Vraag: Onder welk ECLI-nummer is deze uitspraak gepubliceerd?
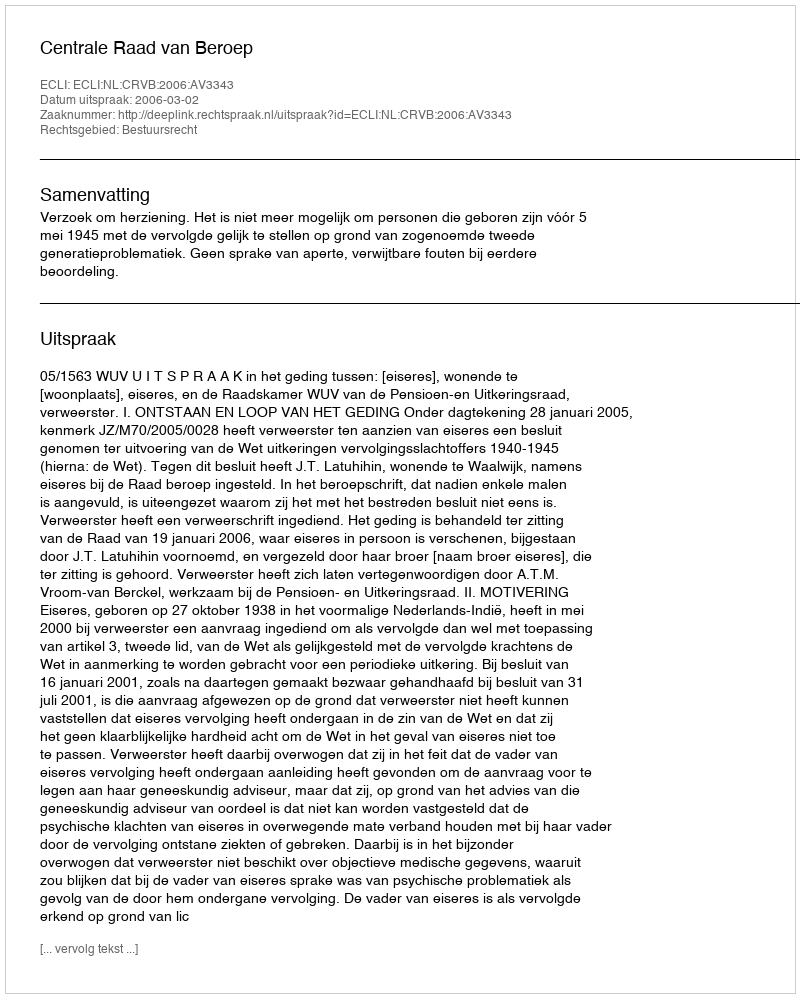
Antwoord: ECLI:NL:CRVB:2006:AV3343